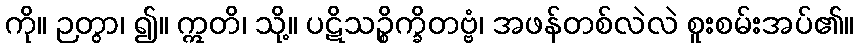
ကို။ ဉတွာ၊ ၍။ ဣတိ၊ သို့။ ပဋိသဉ္စိက္ခိတဗ္ဗံ၊ အဖန်တစ်လဲလဲ စူးစမ်းအပ်၏။